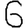
Digit: 6